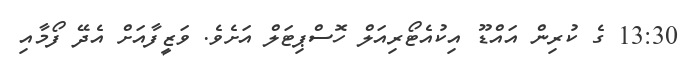
13:30 ގެ ކުރިން އައްޑޫ އިކުއެޓޯރިއަލް ހޮސްޕިޓަލް އަށެވެ. ވަޒީފާއަށް އެދޭ ފޯމާއި